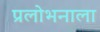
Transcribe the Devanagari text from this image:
प्रलोभनाला